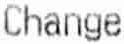
CHANGE